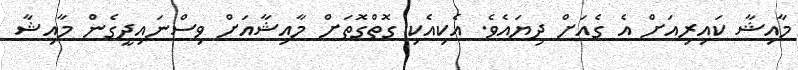
މާއިޝާ ކައިރިއަށް އެ ގެއަށް ދިޔައެވެ. އެކިއެކި ގޮތްގޮތަށް މާއިޝާއަށް ވިސްނައިދީގެން މާއިޝާ